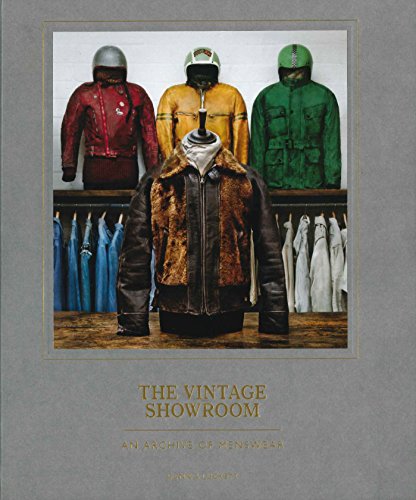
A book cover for The Vintage Showroom: Vintage Menswear 2; Douglas Gunn; Health, Fitness & Dieting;